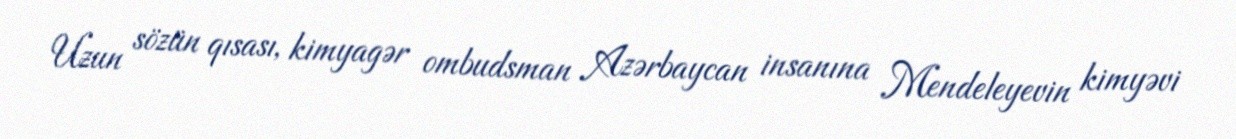
Uzun sözün qısası, kimyagər ombudsman Azərbaycan insanına Mendeleyevin kimyəvi